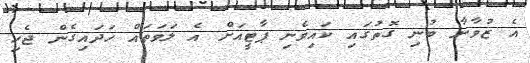
އެ ޒުވާނާ ބުނި ގޮތުގައި ކައިވެނި ޕާޓީއަށް އެ ލަވަތައް ހަދައިގެން ޖެހި